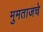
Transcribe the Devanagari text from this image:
मुमताजचे